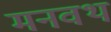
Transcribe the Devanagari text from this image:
मनवथ